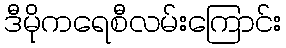
ဒီမိုကရေစီလမ်းကြောင်း